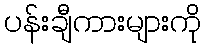
ပန်းချီကားများကို